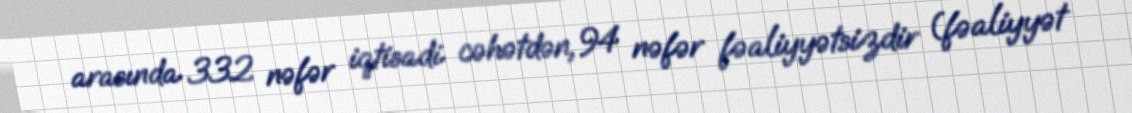
arasında 332 nəfər iqtisadi cəhətdən, 94 nəfər fəaliyyətsizdir (fəaliyyət